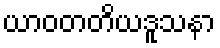
ယာဝတတိယဒူသနာ